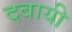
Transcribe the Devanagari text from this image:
दबायी